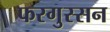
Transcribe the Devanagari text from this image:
फरगुस्सन